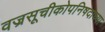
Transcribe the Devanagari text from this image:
वज्रसूचीकोपनिषदाच्या